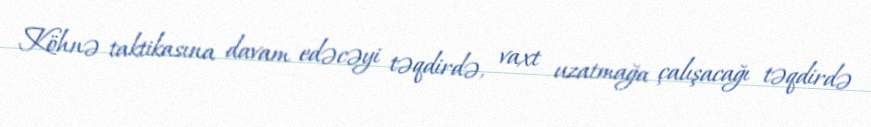
Köhnə taktikasına davam edəcəyi təqdirdə, vaxt uzatmağa çalışacağı təqdirdə